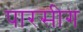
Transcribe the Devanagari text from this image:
पारसीग